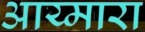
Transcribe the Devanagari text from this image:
आय्मारा